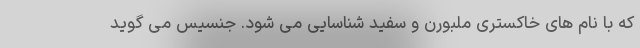
که با نام های خاکستری ملبورن و سفید شناسایی می شود. جنسیس می گوید